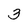
Character: 3